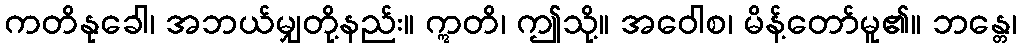
ကတိနုခေါ၊ အဘယ်မျှတို့နည်း။ ဣတိ၊ ဤသို့။ အဝေါစ၊ မိန့်တော်မူ၏။ ဘန္တေ၊